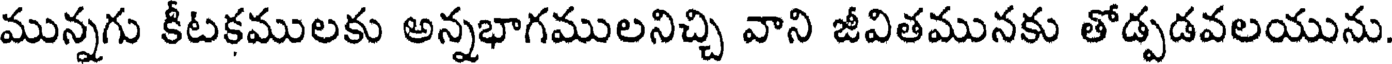
మున్నగు కీటకములకు అన్నభాగములనిచ్చి వాని జీవితమునకు తోడ్పడవలయును